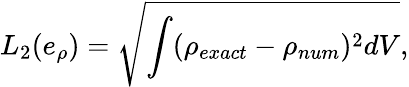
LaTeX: L_{2}(e_{\rho})=\sqrt{\int(\rho_{exact}-\rho_{num})^{2}dV},